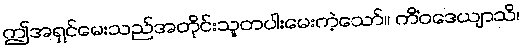
ဤအရှင်မေးသည်အတိုင်းသူတပါးမေးကဲ့သော်။ ကိံဝဒေယျာသိ၊